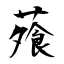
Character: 蕵